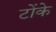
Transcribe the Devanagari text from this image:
टोंके